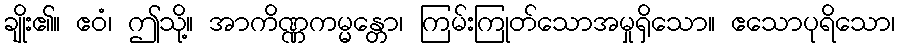
ချိုး၏။ ဧဝံ၊ ဤသို့။ အာကိဏ္ဏကမ္မန္တော၊ ကြမ်းကြုတ်သောအမှုရှိသော။ ဧသောပုရိသော၊